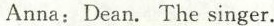
Anna: Dean.The singer.